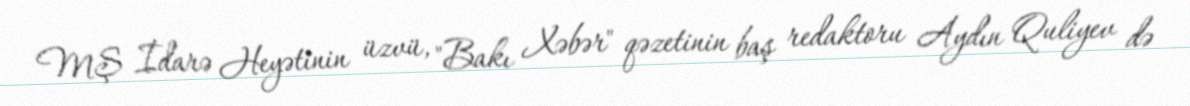
MŞ İdarə Heyətinin üzvü, "Bakı Xəbər" qəzetinin baş redaktoru Aydın Quliyev də